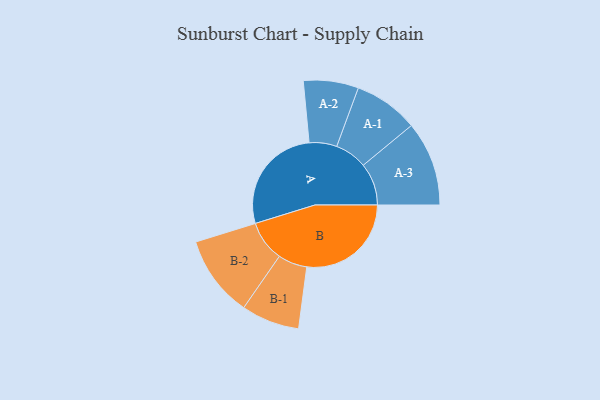
{"axis": {"x": "Segment", "y": "Value"}, "legend": ["", "A", "B"], "data": [{"x": "A", "y": 479, "type": ""}, {"x": "B", "y": 459, "type": ""}, {"x": "A-1", "y": 142, "type": "A"}, {"x": "A-2", "y": 121, "type": "A"}, {"x": "A-3", "y": 186, "type": "A"}, {"x": "B-1", "y": 128, "type": "B"}, {"x": "B-2", "y": 179, "type": "B"}]}